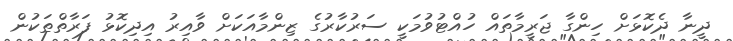
ދީނާ ދެކޮޅަށް ހިންގާ ޖަރީމާތައް ހުއްޓުވުމަކީ ސަރުކާރުގެ ޒިންމާއަކަށް ވާއިރު އިދިކޮޅު ފަރާތްތަކުން